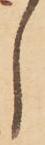
し